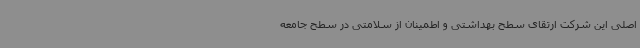
اصلی این شرکت ارتقای سطح بهداشتی و اطمینان از سلامتی در سطح جامعه